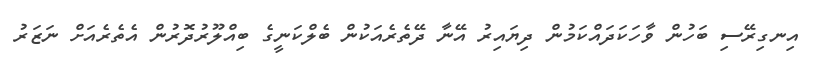
އިނގިރޭސި ބަހުން ވާހަކަދައްކަމުން ދިޔައިރު އޭނާ ދޭތެރެއަކުން ބެލްކަނީގެ ބިއްލޫރުދޮރުން އެތެރެއަށް ނަޒަރު